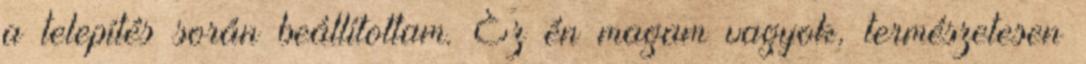
a telepítés során beállítottam. Ez én magam vagyok, természetesen